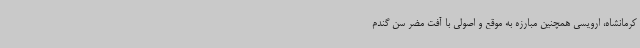
کرمانشاه، ارویسی همچنین مبارزه به موقع و اصولی با آفت مضر سن گندم